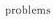
problems